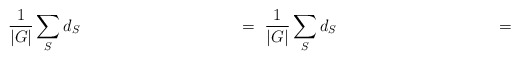
\begin{align*}\rule[-1.5cm]{0cm}{4cm}\frac{1}{|G|}\sum_S d_S\hspace{4cm}=\ \frac{1}{|G|}\sum_S d_S\hspace{4cm}=\end{align*}